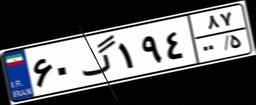
۶۰گ۱۹۴۸۷